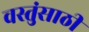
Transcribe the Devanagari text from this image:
वस्तुंसाठी